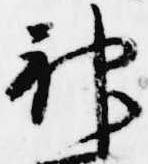
神